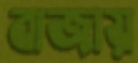
বাজায়